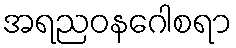
အရညဝနဂေါစရာ